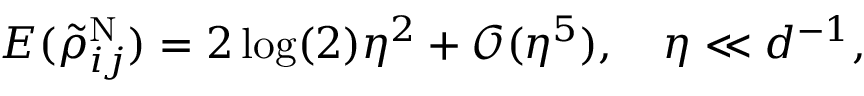
\begin{array} { r } { E ( \tilde { \rho } _ { i j } ^ { \mathrm { N } } ) = 2 \log ( 2 ) \eta ^ { 2 } + \mathcal { O } ( \eta ^ { 5 } ) , \quad \eta \ll d ^ { - 1 } , } \end{array}